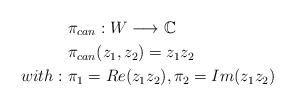
LaTeX: \begin{align*}& \pi_{can}: W \longrightarrow \mathbb{C} \\& \pi_{can}(z_1,z_2) = z_1z_2 \\with: \ & \pi_1= Re(z_1z_2), \pi_2= Im(z_1z_2)\end{align*}